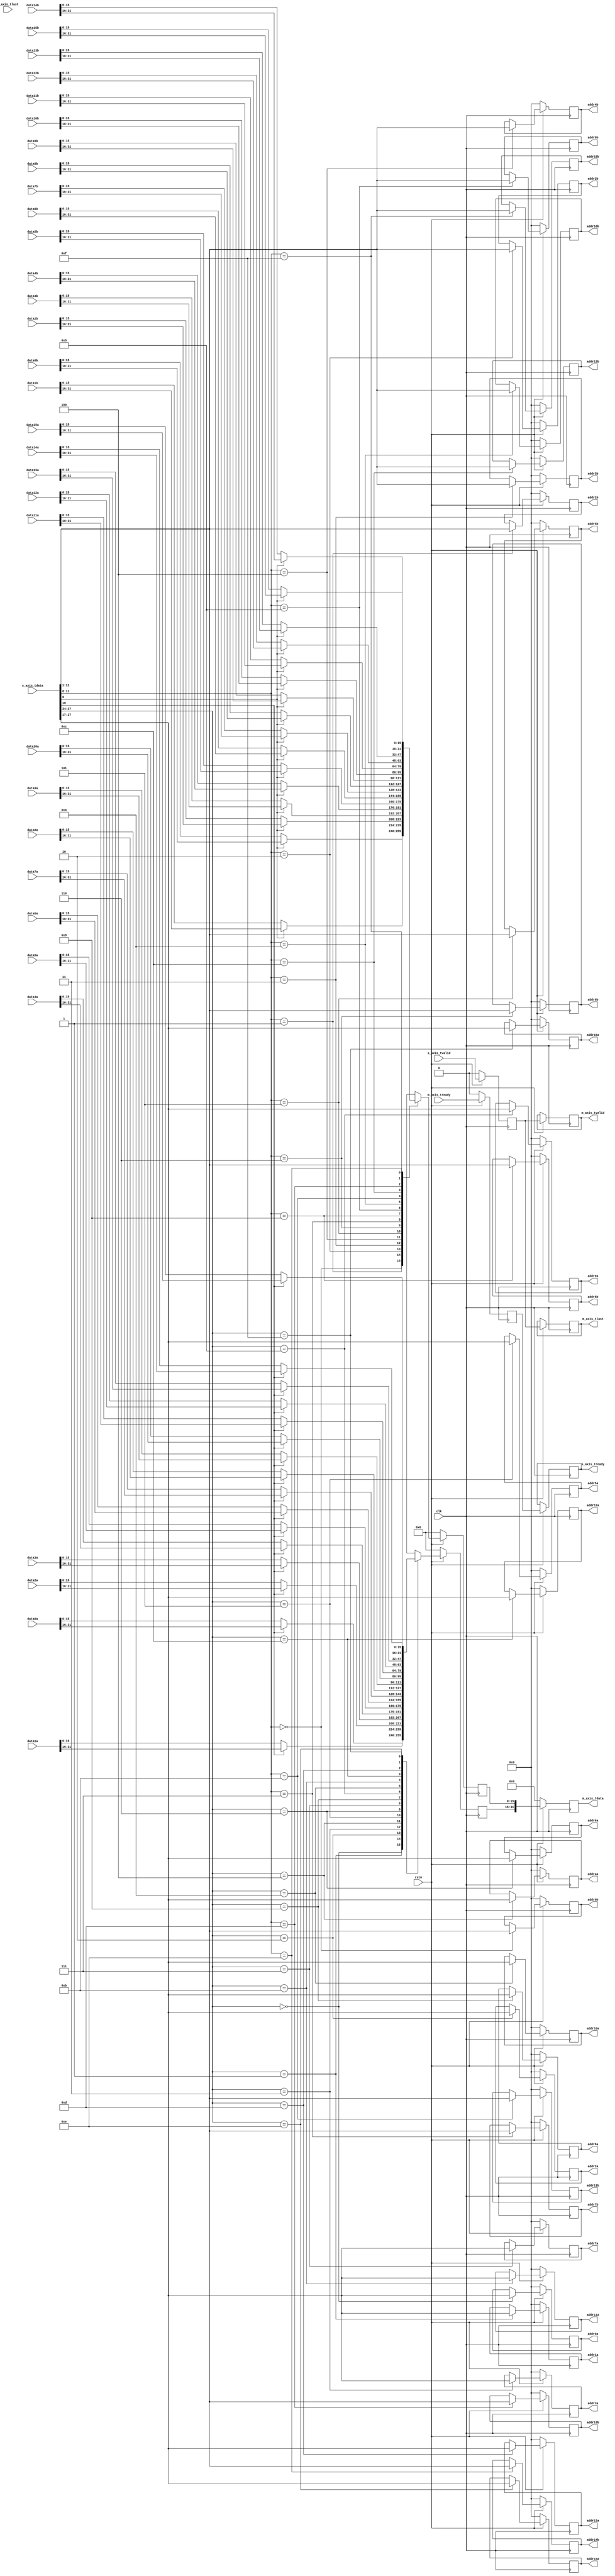
`timescale 1ns / 1ps
//////////////////////////////////////////////////////////////////////////////////
// Company: 
// Engineer: 
// 
// Design Name: 
// Module Name: bram_rd
// Project Name: 
// Target Devices: 
// Tool Versions: 
// Description: 
// 
// Dependencies: 
// 
// Revision:
// Revision 0.01 - File Created
// Additional Comments:
// 
//////////////////////////////////////////////////////////////////////////////////


module bram_rd(
    input clk,
    input rstn,
    
    output reg      s_axis_tready,
    input [31:0]    s_axis_tdata,
    input           s_axis_tlast,
    input           s_axis_tvalid,
    
    input               m_axis_tready,
    output reg [31:0]   m_axis_tdata,
    output reg          m_axis_tlast,
    output reg          m_axis_tvalid,         

    output reg [10:0]   addr0a,
    input  [31:0]       data0a,  
    output reg [10:0]   addr1a,
    input  [31:0]       data1a,     
    output reg [10:0]   addr2a,
    input  [31:0]       data2a, 
    output reg [10:0]   addr3a,
    input  [31:0]       data3a, 
    output reg [10:0]   addr4a,
    input  [31:0]       data4a, 
    output reg [10:0]   addr5a,
    input  [31:0]       data5a, 
    output reg [10:0]   addr6a,
    input  [31:0]       data6a, 
    output reg [10:0]   addr7a,
    input  [31:0]       data7a, 
    output reg [10:0]   addr8a,
    input  [31:0]       data8a, 
    output reg [10:0]   addr9a,
    input  [31:0]       data9a, 
    output reg [10:0]   addr10a,
    input  [31:0]       data10a, 
    output reg [10:0]   addr11a,
    input  [31:0]       data11a, 
    output reg [10:0]   addr12a,
    input  [31:0]       data12a,     
    output reg [10:0]   addr13a,
    input  [31:0]       data13a,     
    output reg [10:0]   addr14a,
    input  [31:0]       data14a,     
    output reg [10:0]   addr15a,
    input  [31:0]       data15a,      
    output reg [10:0]   addr0b,
    input  [31:0]       data0b,  
    output reg [10:0]   addr1b,
    input  [31:0]       data1b,     
    output reg [10:0]   addr2b,
    input  [31:0]       data2b, 
    output reg [10:0]   addr3b,
    input  [31:0]       data3b, 
    output reg [10:0]   addr4b,
    input  [31:0]       data4b, 
    output reg [10:0]   addr5b,
    input  [31:0]       data5b, 
    output reg [10:0]   addr6b,
    input  [31:0]       data6b, 
    output reg [10:0]   addr7b,
    input  [31:0]       data7b, 
    output reg [10:0]   addr8b,
    input  [31:0]       data8b, 
    output reg [10:0]   addr9b,
    input  [31:0]       data9b, 
    output reg [10:0]   addr10b,
    input  [31:0]       data10b, 
    output reg [10:0]   addr11b,
    input  [31:0]       data11b, 
    output reg [10:0]   addr12b,
    input  [31:0]       data12b,     
    output reg [10:0]   addr13b,
    input  [31:0]       data13b,     
    output reg [10:0]   addr14b,
    input  [31:0]       data14b,     
    output reg [10:0]   addr15b,
    input  [31:0]       data15b        
    );
    
    reg s_axis_tlast_bf,s_axis_tvalid_bf,m_axis_tready_bf;
    reg [15:0] rd_data1,rd_data0;
    reg [1:0] state; 
    
    always@(posedge clk)begin
        if(~rstn)begin
            s_axis_tlast_bf <= 0;
            s_axis_tvalid_bf <= 0;
            m_axis_tready_bf <= 0;
            m_axis_tdata <= 0;
        end else begin
            s_axis_tlast_bf <= s_axis_tlast;
            s_axis_tvalid_bf <= s_axis_tvalid;
            m_axis_tready_bf <= m_axis_tready;
            m_axis_tdata <= {rd_data1,rd_data0};
            m_axis_tlast <= s_axis_tvalid_bf;
            m_axis_tvalid <= s_axis_tvalid_bf;
            s_axis_tready <= m_axis_tready_bf;
        end
    end

    always@(posedge clk)begin
        if(~rstn) begin
            addr0a <= 0;
            addr1a <= 0;
            addr2a <= 0;
            addr3a <= 0;
            addr4a <= 0;
            addr5a <= 0;
            addr6a <= 0;
            addr7a <= 0;
            addr8a <= 0;
            addr9a <= 0;
            addr10a <= 0;
            addr11a <= 0;
            addr12a <= 0;
            addr13a <= 0;
            addr14a <= 0;
            addr15a <= 0;
            rd_data1 <= 0;
        end else begin
            case (s_axis_tdata[27:24])
                4'd0:begin
                    addr0a <= s_axis_tdata[27:17];
                    if(s_axis_tdata[16])
                        rd_data1 <= data0a[31:16];
                    else
                        rd_data1 <= data0a[15:0];    
                end
                4'd1:begin
                    addr1a <= s_axis_tdata[27:17];
                    if(s_axis_tdata[16])
                        rd_data1 <= data1a[31:16];
                    else
                        rd_data1 <= data1a[15:0];   
                end 
                4'd2:begin
                    addr2a <= s_axis_tdata[27:17];
                    if(s_axis_tdata[16])
                        rd_data1 <= data2a[31:16];
                    else
                        rd_data1 <= data2a[15:0];   
                end  
                4'd3:begin
                    addr3a <= s_axis_tdata[27:17];
                    if(s_axis_tdata[16])
                        rd_data1 <= data3a[31:16];
                    else
                        rd_data1 <= data3a[15:0];   
                end  
                4'd4:begin
                    addr4a <= s_axis_tdata[27:17];
                    if(s_axis_tdata[16])
                        rd_data1 <= data4a[31:16];
                    else
                        rd_data1 <= data4a[15:0];   
                end  
                4'd5:begin
                    addr5a <= s_axis_tdata[27:17];
                    if(s_axis_tdata[16])
                        rd_data1 <= data5a[31:16];
                    else
                        rd_data1 <= data5a[15:0];   
                end  
                4'd6:begin
                    addr6a <= s_axis_tdata[27:17];
                    if(s_axis_tdata[16])
                        rd_data1 <= data6a[31:16];
                    else
                        rd_data1 <= data6a[15:0];   
                end  
                4'd7:begin
                    addr7a <= s_axis_tdata[27:17];
                    if(s_axis_tdata[16])
                        rd_data1 <= data7a[31:16];
                    else
                        rd_data1 <= data7a[15:0];   
                end  
                4'd8:begin
                    addr8a <= s_axis_tdata[27:17];
                    if(s_axis_tdata[16])
                        rd_data1 <= data8a[31:16];
                    else
                        rd_data1 <= data8a[15:0];   
                end  
                4'd9:begin
                    addr9a <= s_axis_tdata[27:17];
                    if(s_axis_tdata[16])
                        rd_data1 <= data9a[31:16];
                    else
                        rd_data1 <= data9a[15:0];   
                end  
                4'd10:begin
                    addr10a <= s_axis_tdata[27:17];
                    if(s_axis_tdata[16])
                        rd_data1 <= data10a[31:16];
                    else
                        rd_data1 <= data10a[15:0];   
                end  
                4'd11:begin
                    addr11a <= s_axis_tdata[27:17];
                    if(s_axis_tdata[16])
                        rd_data1 <= data11a[31:16];
                    else
                        rd_data1 <= data11a[15:0];   
                end  
                4'd12:begin
                    addr12a <= s_axis_tdata[27:17];
                    if(s_axis_tdata[16])
                        rd_data1 <= data12a[31:16];
                    else
                        rd_data1 <= data12a[15:0];   
                end  
                4'd13:begin
                    addr13a <= s_axis_tdata[27:17];
                    if(s_axis_tdata[16])
                        rd_data1 <= data13a[31:16];
                    else
                        rd_data1 <= data13a[15:0];   
                end  
                4'd14:begin
                    addr14a <= s_axis_tdata[27:17];
                    if(s_axis_tdata[16])
                        rd_data1 <= data14a[31:16];
                    else
                        rd_data1 <= data14a[15:0];   
                end      
                4'd15:begin
                    addr15a <= s_axis_tdata[27:17];
                    if(s_axis_tdata[16])
                        rd_data1 <= data15a[31:16];
                    else
                        rd_data1 <= data15a[15:0];   
                end      
                default:begin
                    rd_data1 <= 0;
                end
            endcase                
        end
    end
 
    always@(posedge clk)begin
        if(~rstn) begin
            addr0b <= 0;
            addr1b <= 0;
            addr2b <= 0;
            addr3b <= 0;
            addr4b <= 0;
            addr5b <= 0;
            addr6b <= 0;
            addr7b <= 0;
            addr8b <= 0;
            addr9b <= 0;
            addr10b <= 0;
            addr11b <= 0;
            addr12b <= 0;
            addr13b <= 0;
            addr14b <= 0;
            addr15b <= 0;
            rd_data0 <= 0;
        end else begin
            case (s_axis_tdata[11:8])
                4'd0:begin
                    addr0b <= s_axis_tdata[11:1];
                    if(s_axis_tdata[0])
                        rd_data0 <= data0b[31:16];
                    else
                        rd_data0 <= data0b[15:0];
                end
                4'd1:begin
                    addr1b <= s_axis_tdata[11:1];
                    if(s_axis_tdata[0])
                        rd_data0 <= data1b[31:16];
                    else
                        rd_data0 <= data1b[15:0];   
                end 
                4'd2:begin
                    addr2b <= s_axis_tdata[11:1];
                    if(s_axis_tdata[0])
                        rd_data0 <= data2b[31:16];
                    else
                        rd_data0 <= data2b[15:0];  
                end  
                4'd3:begin
                    addr3b <= s_axis_tdata[11:1];
                    if(s_axis_tdata[0])
                        rd_data0 <= data3b[31:16];
                    else
                        rd_data0 <= data3b[15:0];
                end  
                4'd4:begin
                    addr4b <= s_axis_tdata[11:1];
                    if(s_axis_tdata[0])
                        rd_data0 <= data4b[31:16];
                    else
                        rd_data0 <= data4b[15:0];
                end  
                4'd5:begin
                    addr5b <= s_axis_tdata[11:1];
                    if(s_axis_tdata[0])
                        rd_data0 <= data5b[31:16];
                    else
                        rd_data0 <= data5b[15:0];
                end  
                4'd6:begin
                    addr6b <= s_axis_tdata[11:1];
                    if(s_axis_tdata[0])
                        rd_data0 <= data6b[31:16];
                    else
                        rd_data0 <= data6b[15:0];
                end  
                4'd7:begin
                    addr7b <= s_axis_tdata[11:1];
                    if(s_axis_tdata[0])
                        rd_data0 <= data7b[31:16];
                    else
                        rd_data0 <= data7b[15:0];
                end  
                4'd8:begin
                    addr8b <= s_axis_tdata[11:1];
                    if(s_axis_tdata[0])
                        rd_data0 <= data8b[31:16];
                    else
                        rd_data0 <= data8b[15:0];
                end  
                4'd9:begin
                    addr9b <= s_axis_tdata[11:1];
                    if(s_axis_tdata[0])
                        rd_data0 <= data9b[31:16];
                    else
                        rd_data0 <= data9b[15:0];
                end  
                4'd10:begin
                    addr10b <= s_axis_tdata[11:1];
                    if(s_axis_tdata[0])
                        rd_data0 <= data10b[31:16];
                    else
                        rd_data0 <= data10b[15:0];
                end  
                4'd11:begin
                    addr11b <= s_axis_tdata[11:1];
                    if(s_axis_tdata[0])
                        rd_data0 <= data11b[31:16];
                    else
                        rd_data0 <= data11b[15:0];
                end  
                4'd12:begin
                    addr12b <= s_axis_tdata[11:1];
                    if(s_axis_tdata[0])
                        rd_data0 <= data12b[31:16];
                    else
                        rd_data0 <= data12b[15:0];
                end  
                4'd13:begin
                    addr13b <= s_axis_tdata[11:1];
                    if(s_axis_tdata[0])
                        rd_data0 <= data13b[31:16];
                    else
                        rd_data0 <= data13b[15:0];
                end  
                4'd14:begin
                    addr14b <= s_axis_tdata[11:1];
                    if(s_axis_tdata[0])
                        rd_data0 <= data14b[31:16];
                    else
                        rd_data0 <= data14b[15:0];
                end      
                4'd15:begin
                    addr15b <= s_axis_tdata[11:1];
                    if(s_axis_tdata[0])
                        rd_data0 <= data15b[31:16];
                    else
                        rd_data0 <= data15b[15:0];
                end      
                default:begin
                    rd_data0 <= 0;
                end
            endcase                
        end
    end 
    
endmodule